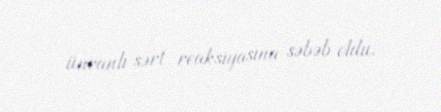
ünvanlı sərt reaksiyasına səbəb oldu.